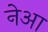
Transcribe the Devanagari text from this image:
नेआ